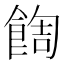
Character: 䭇